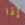
إذا